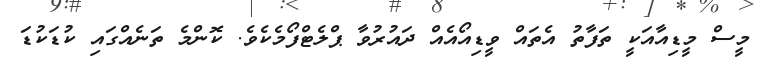
މީސް މީޑިއާއަކީ ތަފާތު އެތައް ވީޑިއޯއެއް ދައުރުވާ ޕްލެޓްފޯމެކެވެ. ކޮންމެ ތަނެއްގައި ކުޑަކުޑަ